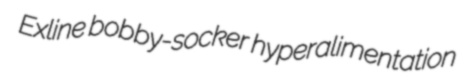
Exline bobby-socker hyperalimentation